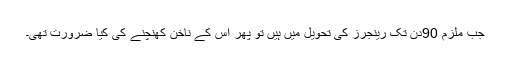
جب ملزم 90دن تک رینجرز کی تحویل میں ہیں تو پھر اس کے ناخن کھنچنے کی کیا ضرورت تھی۔